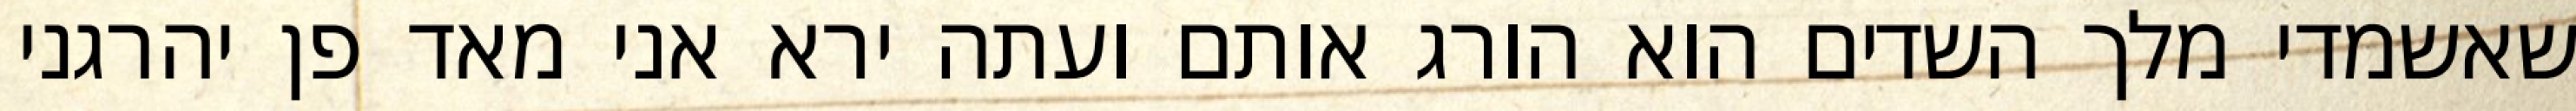
שאשמדי מלך השדים הוא הורג אותם ועתה ירא אני מאד פן יהרגני